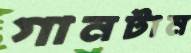
গানটান